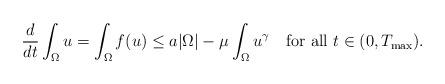
LaTeX: \begin{align*}\frac{d}{dt}\int_{\Omega}u=\int_{\Omega}f(u)\leq a|\Omega|-\mu\int_{\Omega}u^{\gamma}\quad\mbox{for all}\ t\in(0, T_{\max}).\end{align*}